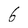
Character: 6